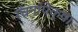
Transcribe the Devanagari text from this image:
रचनांपेक्षा